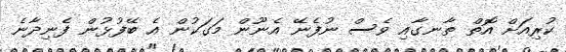
ކުރިއަށް އޮތް ތާނގާއި ވެސް ނުފެނޭ އެނޫން މަގަކުން އެ ބޭފުޅުން ފެނިދާނެ